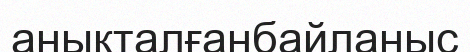
анықталғанбайланыс